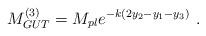
LaTeX: \begin{align*}M_{GUT}^{(3)} = M_{pl} e^{-k (2y_2-y_1-y_3)} ~.~ \,\end{align*}